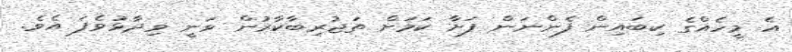
އެ މީހެއްގެ ކިބައިން ފެންނަން ފަށާ ކަމަށް ތަޖުރިބާކާރުން ވަނީ ވިދާޅުވެފަ އެވެ.